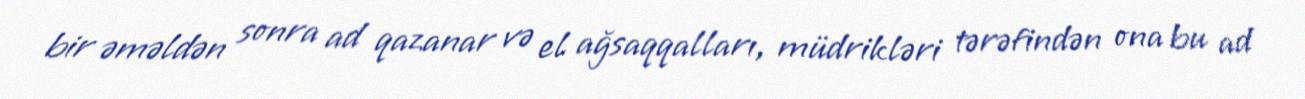
bir əməldən sonra ad qazanar və el ağsaqqalları, müdrikləri tərəfindən ona bu ad